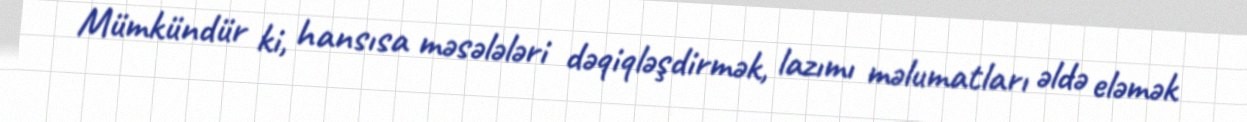
Mümkündür ki, hansısa məsələləri dəqiqləşdirmək, lazımı məlumatları əldə eləmək